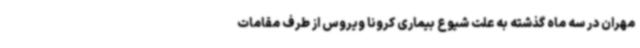
مهران در سه ماه گذشته به علت شیوع بیماری کرونا ویروس از طرف مقامات